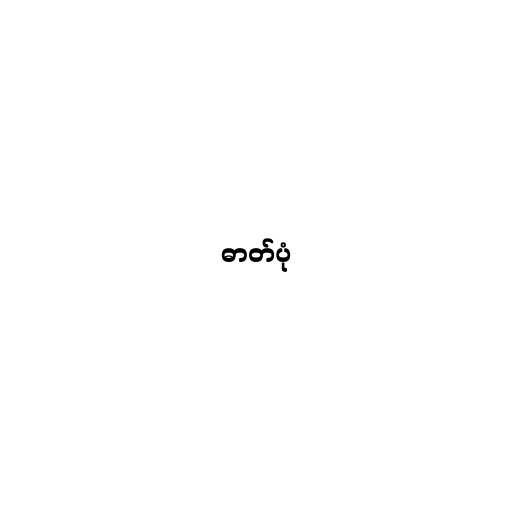
ဓာတ်ပုံ